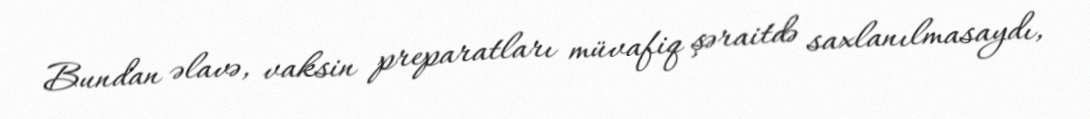
Bundan əlavə, vaksin preparatları müvafiq şəraitdə saxlanılmasaydı,